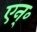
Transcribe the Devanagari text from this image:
एन्॰